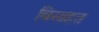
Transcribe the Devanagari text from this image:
बिसाहत